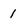
Character: 1